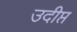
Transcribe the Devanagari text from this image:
उदीप्त